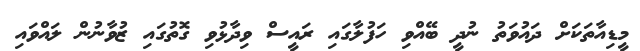
މީޑިއާތަކަށް ދައުވަތު ނުދީ ބޭއްވި ހަފުލާގައި ރައީސް ވިދާޅުވި ގޮތުގައި ޒުވާނުން ލައްވައި